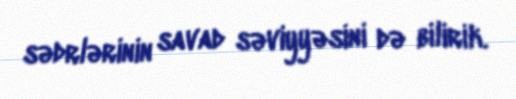
sədrlərinin savad səviyyəsini də bilirik.